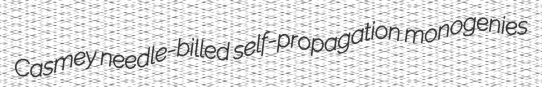
Casmey needle-billed self-propagation monogenies